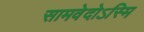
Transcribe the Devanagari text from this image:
सामवेदोऽस्मि